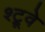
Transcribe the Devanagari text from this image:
श्ट्रूवे